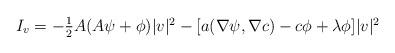
LaTeX: \begin{align*} \textstyle I_{v}= -\frac12 A(A \psi+\phi)|v|^{2} -[a(\nabla \psi,\nabla c)-c \phi+\lambda \phi]|v|^{2} \end{align*}